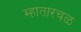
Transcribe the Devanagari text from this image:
म्हातारचळ